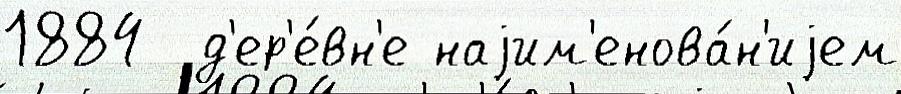
1884  д'ер'е́вн'е наjим'енова́н'иjем